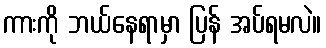
ကားကို ဘယ်နေရာမှာ ပြန် အပ်ရမလဲ။